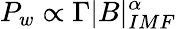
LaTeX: P_{w}\propto\Gamma|B|_{IMF}^{\alpha}